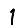
Digit: 1